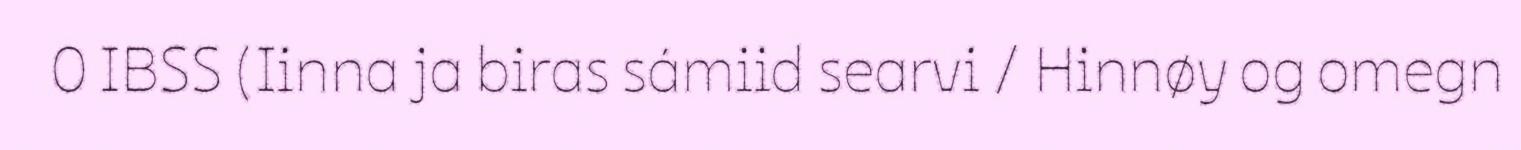
0 IBSS (Iinna ja biras sámiid searvi / Hinnøy og omegn